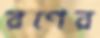
রণের